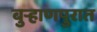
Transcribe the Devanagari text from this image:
बुर्‍हाणपुरात